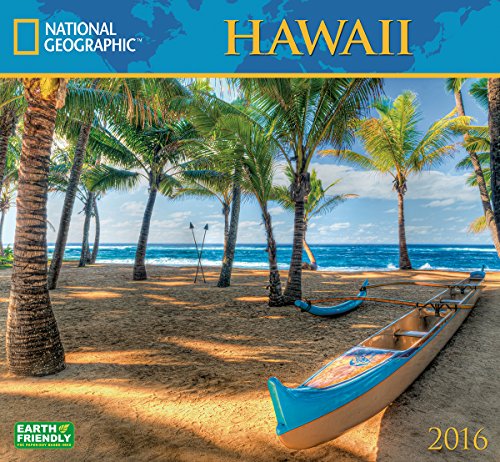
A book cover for Hawaii National Geographic 2016 Wall Calendar; National Geographic Society; Travel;